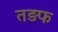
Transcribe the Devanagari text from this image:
तड़फ